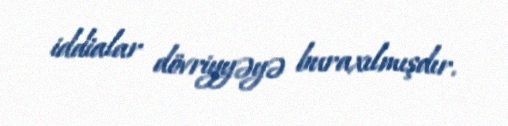
iddialar dövriyyəyə buraxılmışdır.